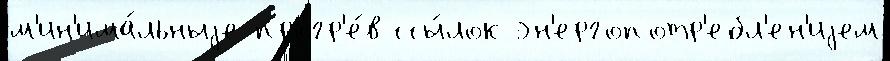
м'ин'има́льныjе прогр'е́в ссы́лок эн'ергопотр'ебл'ен'иjем